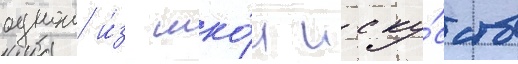
однои и́з шко́л иску́сств